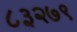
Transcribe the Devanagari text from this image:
८३२७९